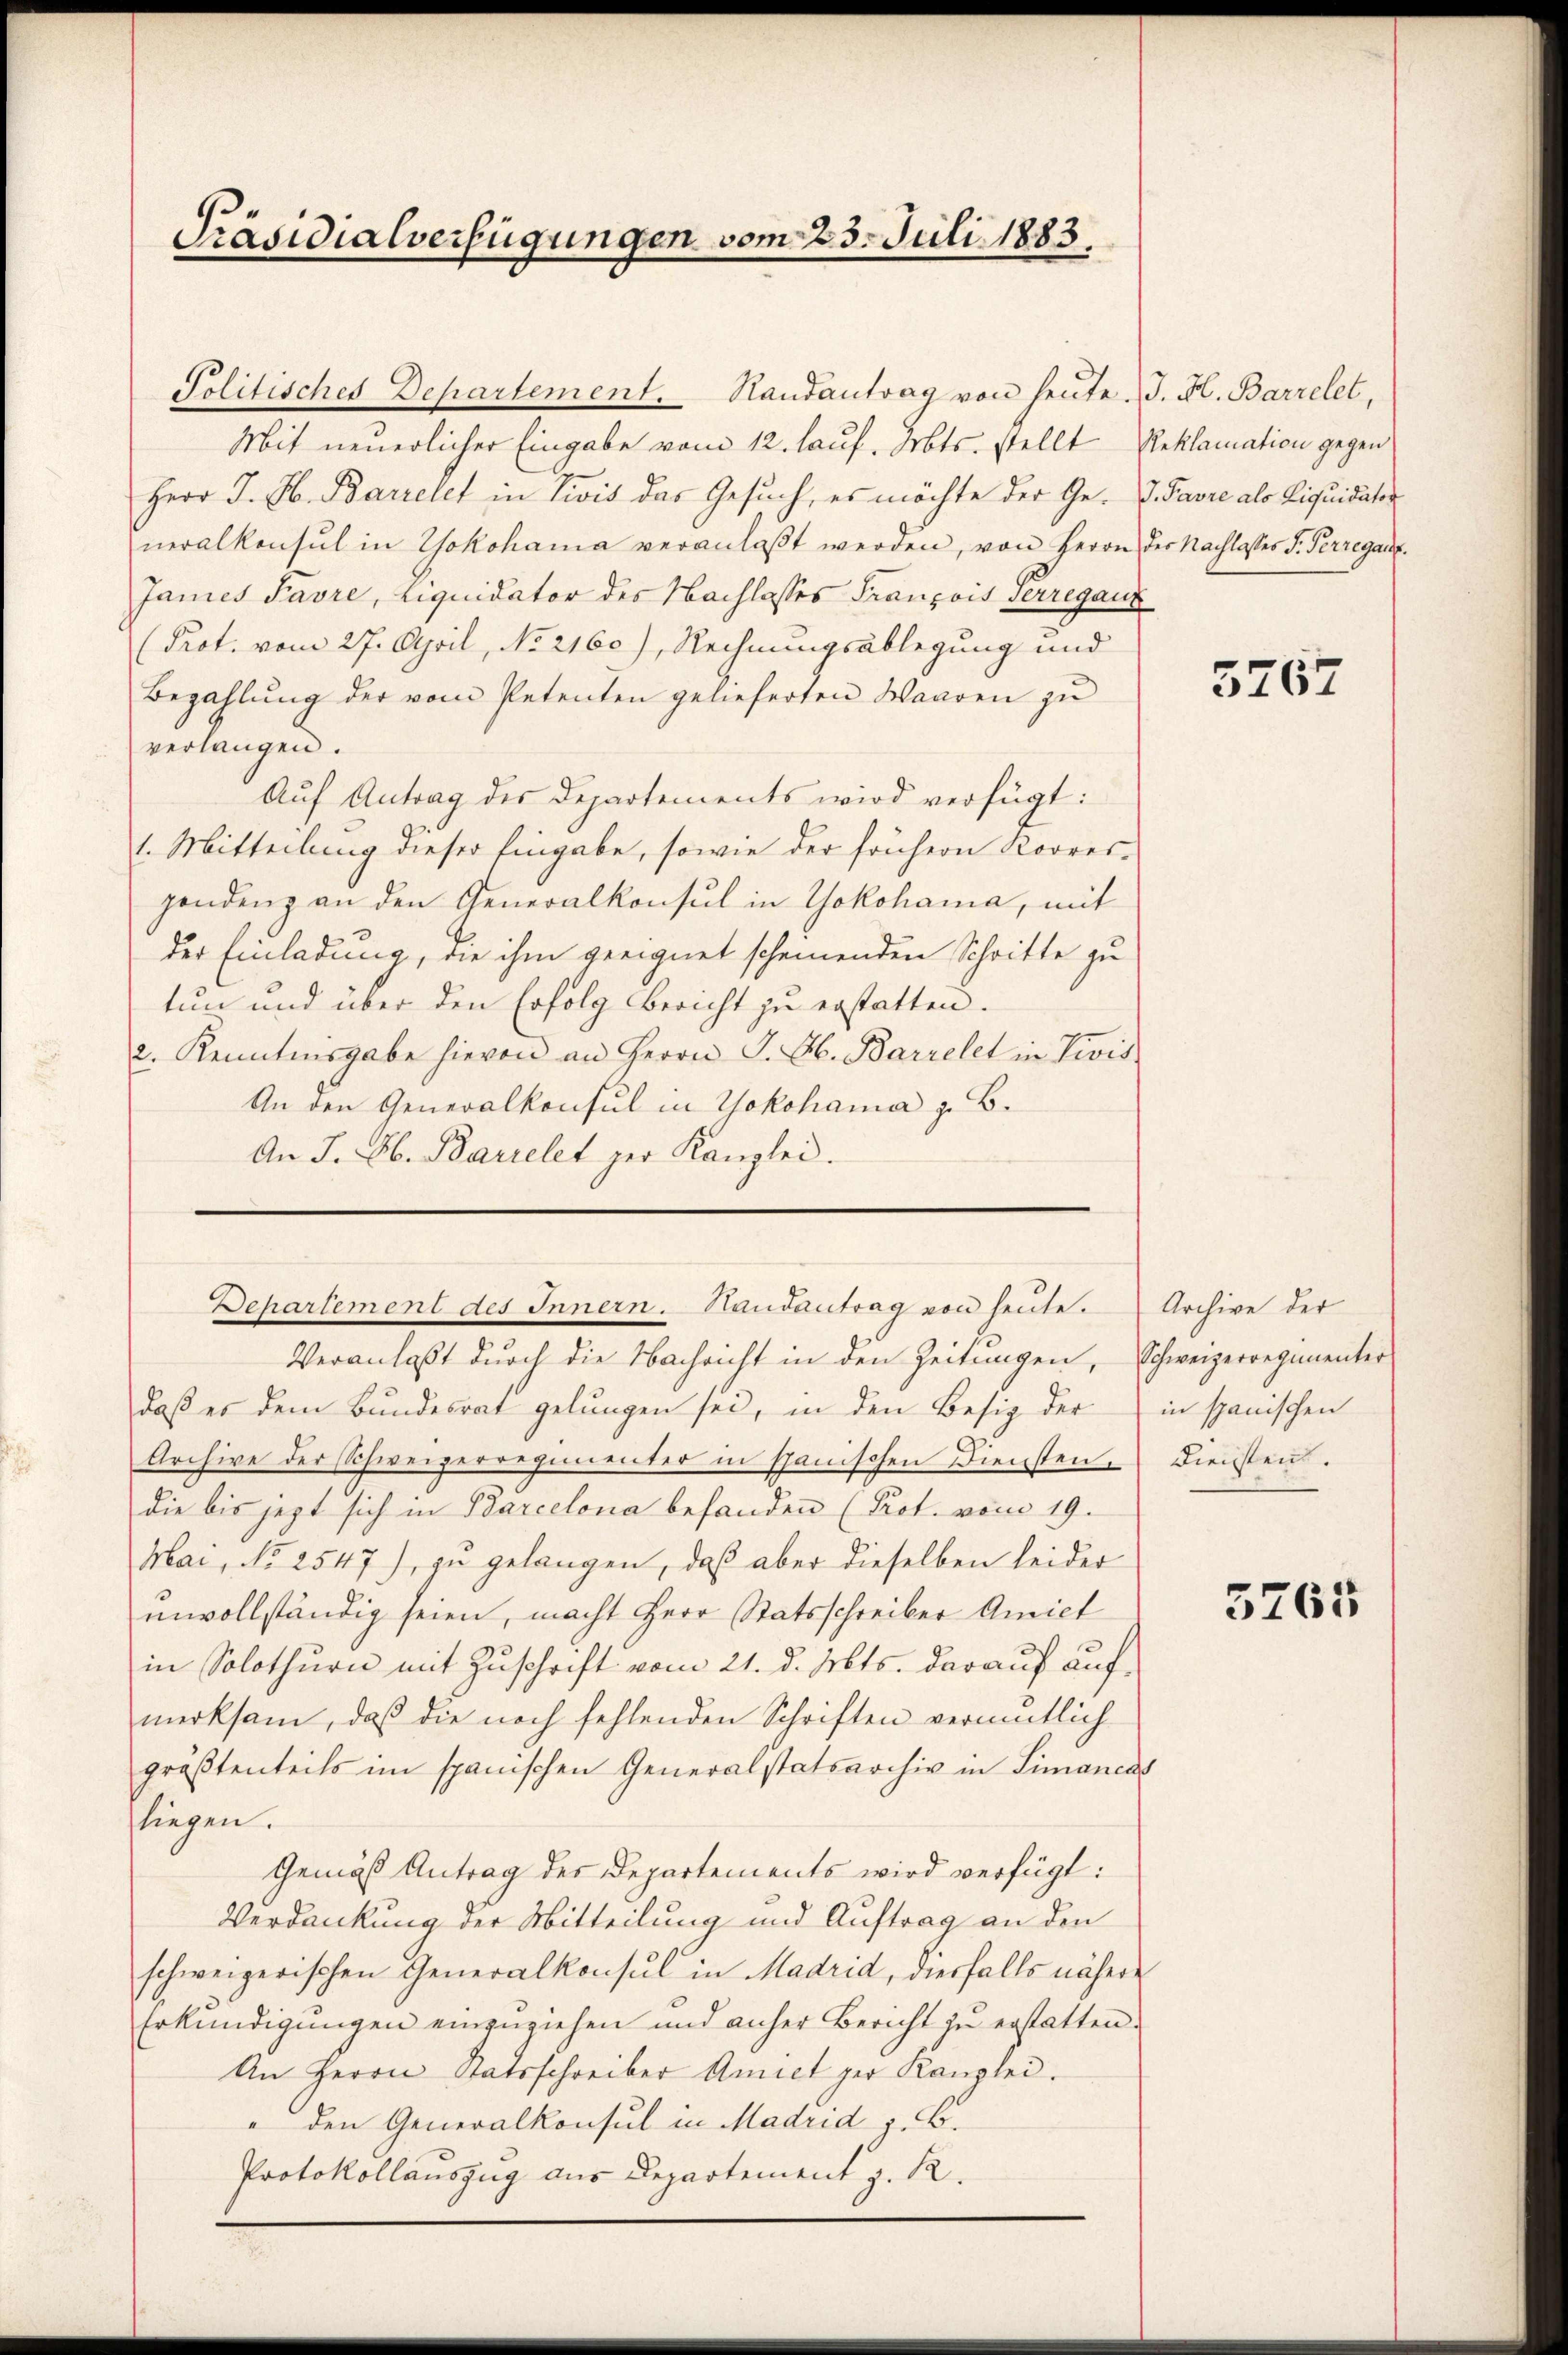
Präsidialverfügungen vom 23. Juli 1883.

Politisches Departement. Randantrag von heute. J. H. Barrelet,
Mit neuerlicher Eingabe vom 12. lauf. Mts. stellt Reklamation gegen
Herr J. H. Barrelet in Zivis das Gesuch, es möchte der Ge- d. Favre als Liquidaten
neralkonsul in Yokohama veranlaβt werden, von Herrn der Nachlasses S. Perregang.
Janes Favre, Liquidator des Nachlasses François Serregaun
(Prot. vom 27. April, No 2160), Rechnungsablegung und
Bezahlŭng der vom Petenten gelieferten Waaren zŭ
verlangen.
Auf Antrag des Departements wird verfügt:
1. Mitteilung dieser Eingabe, sowie der frühern Korres-
gendenz an den Generalkonsul in Yokohama, mit
der Einladung, die ihm geeignet scheinenden Schritte zu
tun und über den Erfolg Bericht zu erstatten.
2. Kenntnisgabe hievon an Herrn J. Ab. Barrelet in Divis
An den Generalkonsul in Yokohama z. B.
An J. b. Barielet per Kanzlei.

Departement des Innern. Handantrag von heute.

Veranlaßt durch die Nachricht in den Zeitungen, Schweizerregimenter
daß es dem Bundesrat gelungen sei, in den Besitz der in spanischen
Archive der Schweizerregimenter in spanischen Diensten. Diensten.
die bis jetzt sich in Barcelona befanden (Prot. vom 19.
Mai, No 2547), zu gelangen, daß aber dieselben leider
unvollständig seien, macht Herr Statsschreiber Amiet
in Solothurn mit Zuschrift vom 21. d. Mts. darauf aufmerksam, daß die noch fehlenden Schriften vermutlich
größtenteils im spanischen Generalstatsarchiv in Limancas
liegen.
Gemäß Antrag des Departements wird verfügt:
Verdankung der Mitteilung und Auftrag an den
schweizerischen Generalkonsul in Madrid, diesfalls nähere
Erkundigungen einzuziehen und anher Bericht zu erstatten.
An Herrn Statsschreiber Amiet per Kanzlei.
" den Generalkonsul in Madrid z. B.
Protokollauszug aus Departement z. R.

5767

Archive der

5765